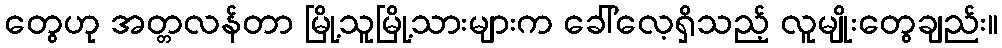
တွေဟု အတ္တလန်တာ မြို့သူမြို့သားများက ခေါ်လေ့ရှိသည့် လူမျိုးတွေချည်း။